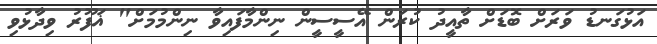
އަޅުގަނޑު ވަރަށް ބޮޑަށް ތާއީދު ކުރަން އޭސީސީން ނިންމާފައިވާ ނިންމުމަށް" ޣަފޫރު ވިދާޅުވި